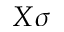
X \sigma